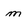
Character: m